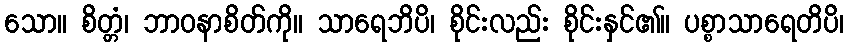
သော။ စိတ္တံ၊ ဘာဝနာစိတ်ကို။ သာရေဘိပိ၊ စိုင်းလည်း စိုင်းနှင်၏။ ပစ္စာသာရေတိပိ၊